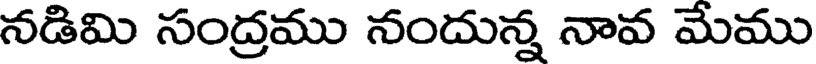
నడిమి సంద్రము నందున్న నావ మేము